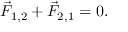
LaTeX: { \vec { F } } _ { 1 , 2 } + { \vec { F } } _ { \mathrm { 2 , 1 } } = 0 .